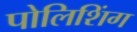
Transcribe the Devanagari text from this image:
पोलिशिंग